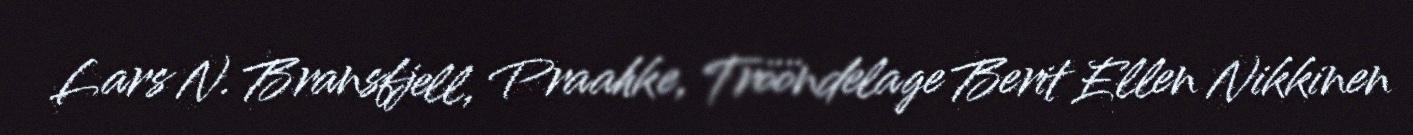
Lars N. Bransfjell, Praahke, Trööndelage Berit Ellen Nikkinen